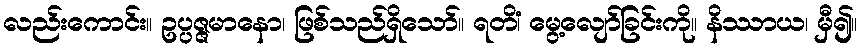
လည်းကောင်း။ ဥပ္ပဇ္ဇမာနော၊ ဖြစ်သည်ရှိသော်။ ရတိံ၊ မွေ့လျော်ခြင်းကို။ နိဿာယ၊ မှီ၍။